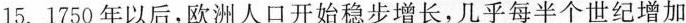
15.1750年以后，欧洲人口开始稳步增长，几乎每半个世纪增加